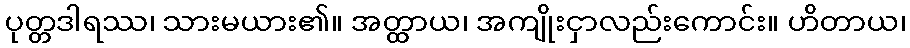
ပုတ္တဒါရဿ၊ သားမယား၏။ အတ္ထာယ၊ အကျိုးငှာလည်းကောင်း။ ဟိတာယ၊